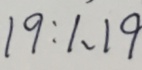
1 9 : 1 , 1 9